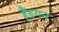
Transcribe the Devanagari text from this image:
हैंडगन